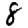
Digit: 8